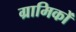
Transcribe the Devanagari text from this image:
ग्रामिकों